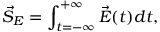
\vec { S } _ { E } = \int _ { t = - \infty } ^ { + \infty } \vec { E } ( t ) d t ,